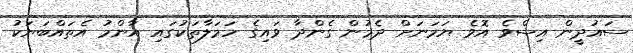
ސައުދީން އިސްވެ އޮވެ ޔަމަނަށް ދެމުން ގެންދާ ވައިގެ ހަމަލާތަކުގައި އާންމު އެތައްބަޔަކު